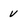
Character: V